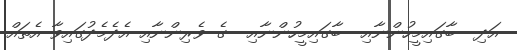
އަދި  ބާގައިމީހުންނާއި  ބާގައިމީހުންނާއި  ގެ ވެރިންނާއި އެދެމެދުގައިވާ އެތައް